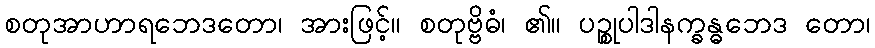
စတုအာဟာရဘေဒတော၊ အားဖြင့်။ စတုဗ္ဗိဓံ၊ ၏။ ပဉ္စုပါဒါနက္ခန္ဓဘေဒ တော၊